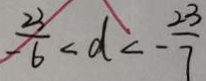
\frac { 2 3 } { - 6 } < d < - \frac { 2 3 } { 7 }